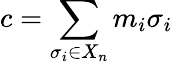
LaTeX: c=\sum_{\sigma_{i}\in X_{n}}m_{i}\sigma_{i}